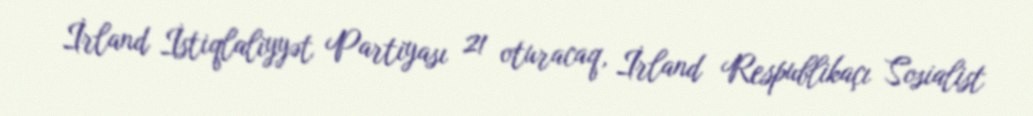
İrland İstiqlaliyyət Partiyası 21 oturacaq, İrland Respublikaçı Sosialist